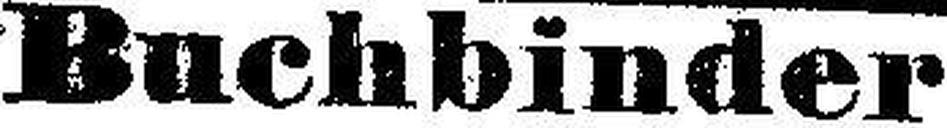
Buchbinder